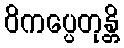
ဝိကပ္ပေတုန္တိ